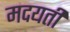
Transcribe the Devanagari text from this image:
मदयती